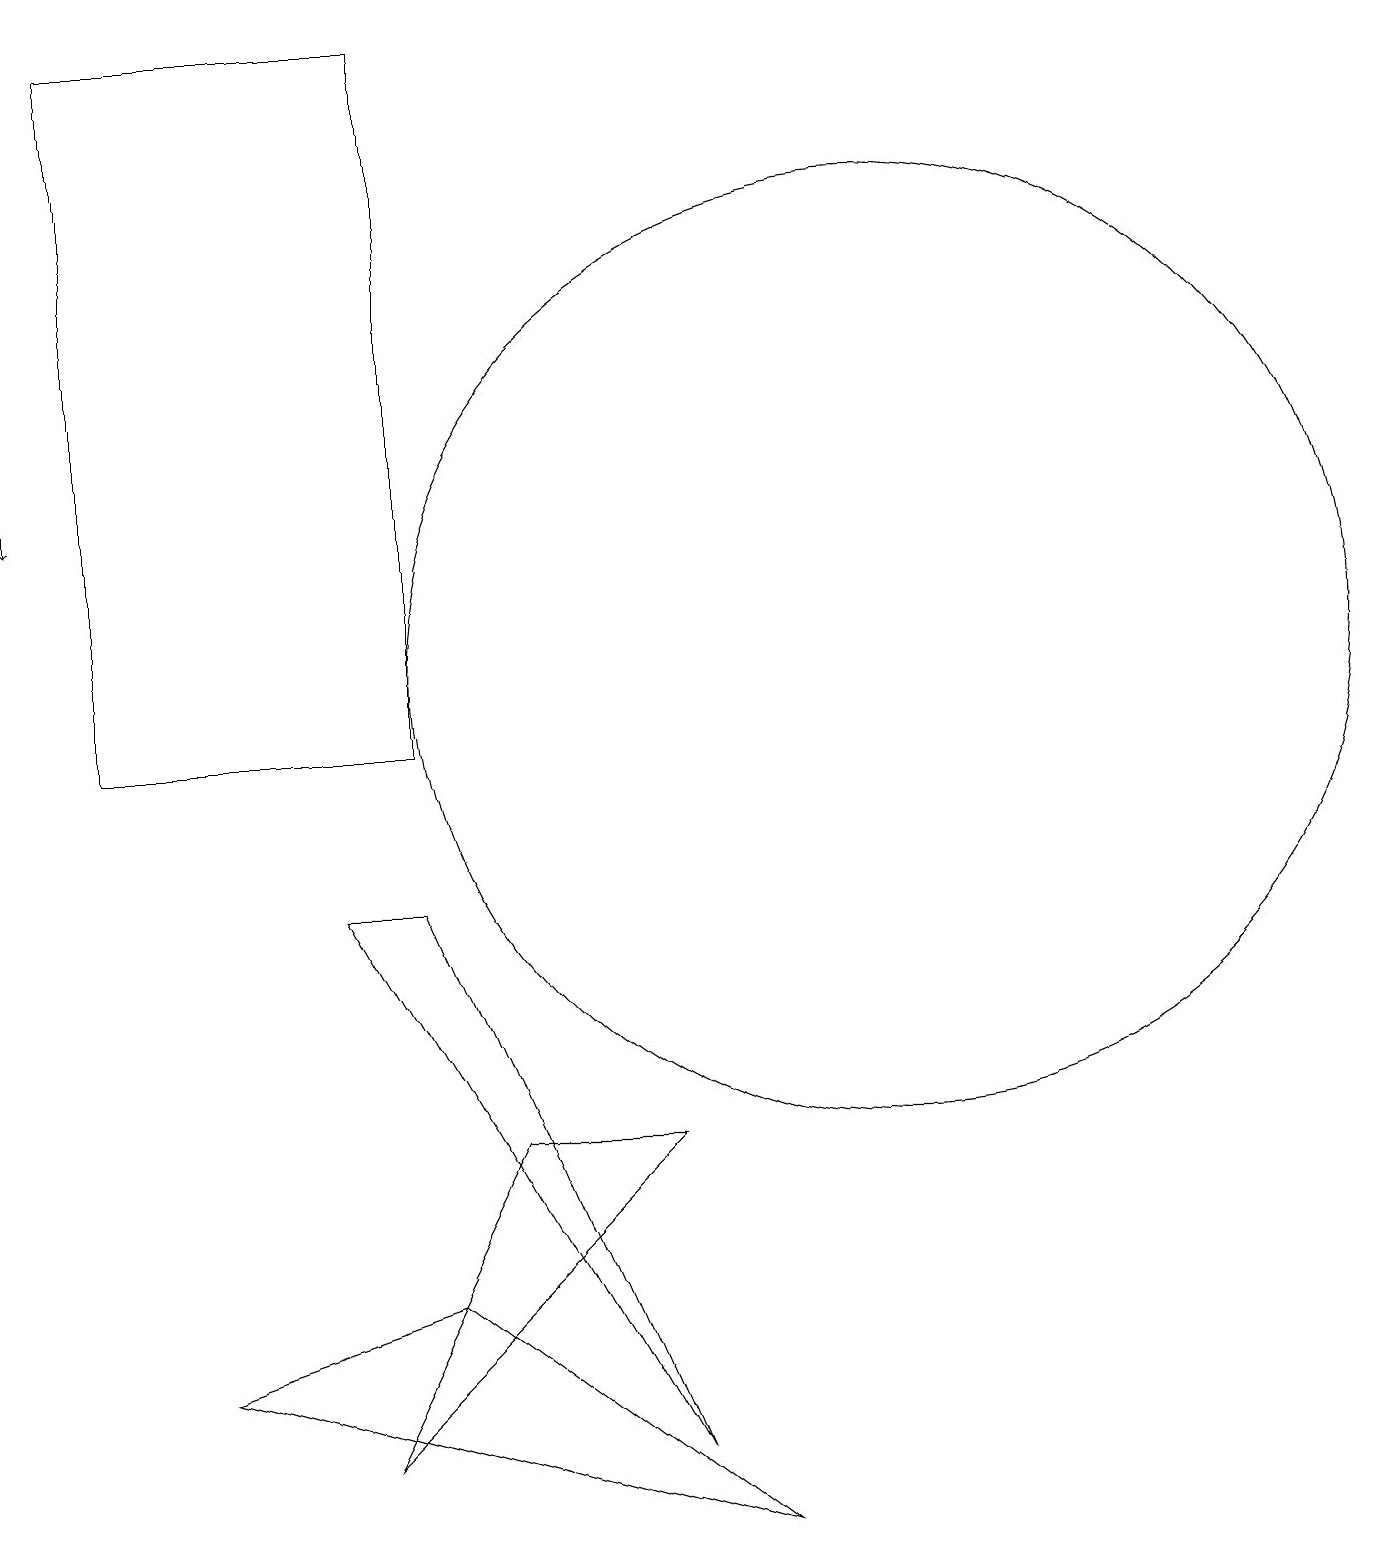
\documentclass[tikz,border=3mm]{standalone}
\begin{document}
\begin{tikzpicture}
\draw (9,0) -- (2,2) -- (5,3) -- cycle;
\draw[->] (0,15) -- (0,13);
\draw (11,11) circle (6);
\draw (8,5) -- (4,1) -- (6,5) -- cycle;
\draw (1,19) rectangle (5,10);
\draw (4,8) -- (5,8) -- (8,1) -- cycle;
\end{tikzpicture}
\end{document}